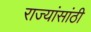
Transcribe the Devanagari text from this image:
राज्यांसांठी